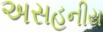
અસહનીય